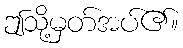
ဤသို့မှတ်အပ်၏။